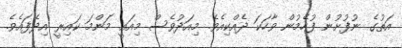
އަތުގެ ނުފުށުން ފުހެމުން ވާހަކަ ދެއްކިއެވެ. މިއަދުވެސް މިއައީ މަންމަ ކައިރީ އިދެފައެވެ.